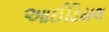
આઈડિયલ